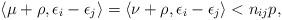
LaTeX: \begin{align*}\langle \mu + \rho, \epsilon_i-\epsilon_{j} \rangle = \langle \nu + \rho, \epsilon_i-\epsilon_{j} \rangle < n_{ij}p,\end{align*}